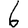
Digit: 6